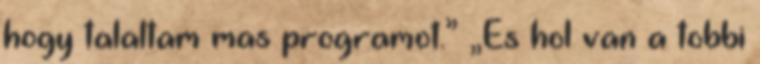
hogy talaltam mas programot.” „Es hol van a tobbi